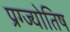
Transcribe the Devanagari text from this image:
प्रग्ज्योतिष